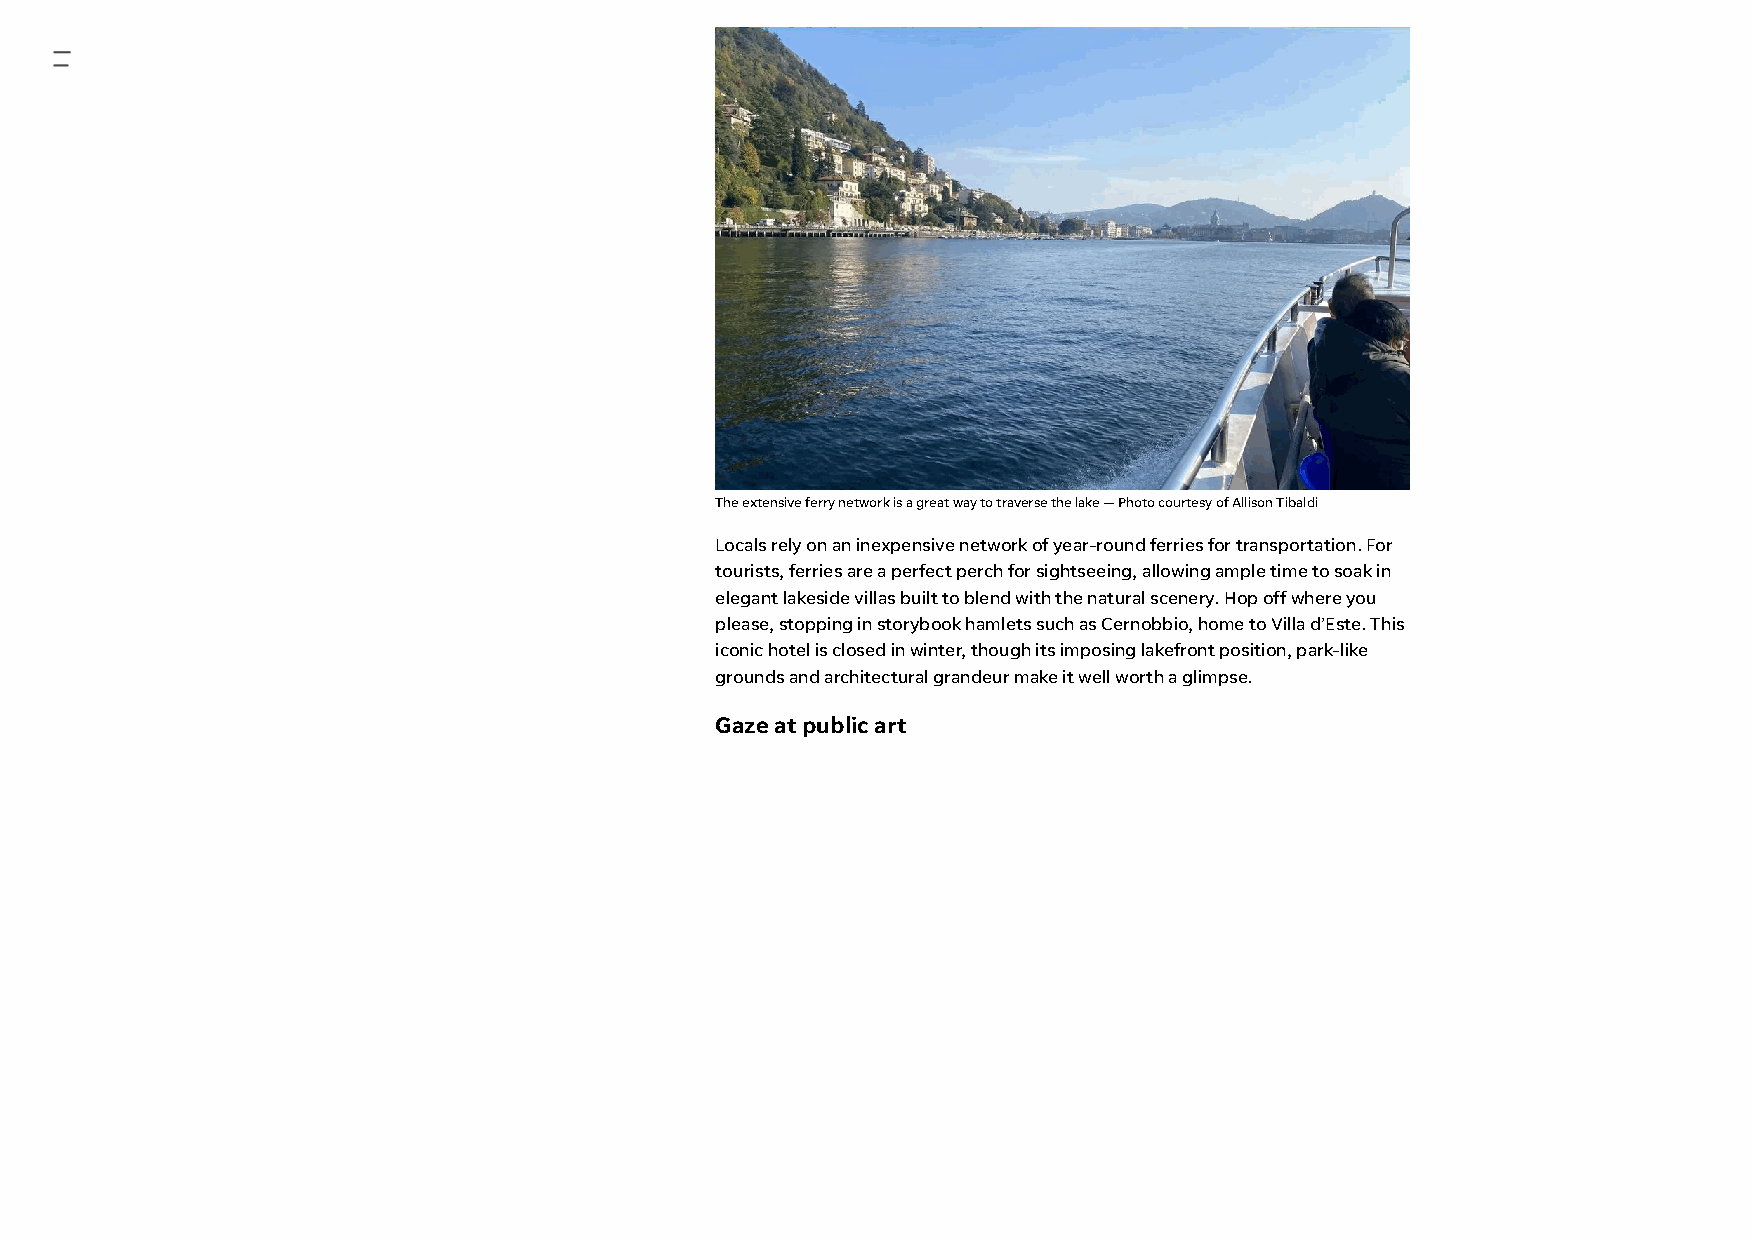
The extensive ferry network is a great way to traverse the lake — Photo courtesy of Allison Tibaldi
 Locals rely on an inexpensive network of year-round ferries for transportation. For
 tourists, ferries are a perfect perch for sightseeing, allowing ample time to soak in
 elegant lakeside villas built to blend with the natural scenery. Hop off where you
 please, stopping in storybook hamlets such as Cernobbio, home to Villa d’Este. This
 iconic hotel is closed in winter, though its imposing lakefront position, park-like
 grounds and architectural grandeur make it well worth a glimpse.
 Gaze at public art